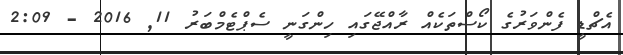
އެޗްޑީ ފެންވަރުގެ ކޯސްތަކެއް ރާއްޖޭގައި ހިންގަނީ ސެޕްޓެމްބަރު 11